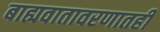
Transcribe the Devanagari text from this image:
बाह्यवातावरणातही